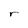
Character: r